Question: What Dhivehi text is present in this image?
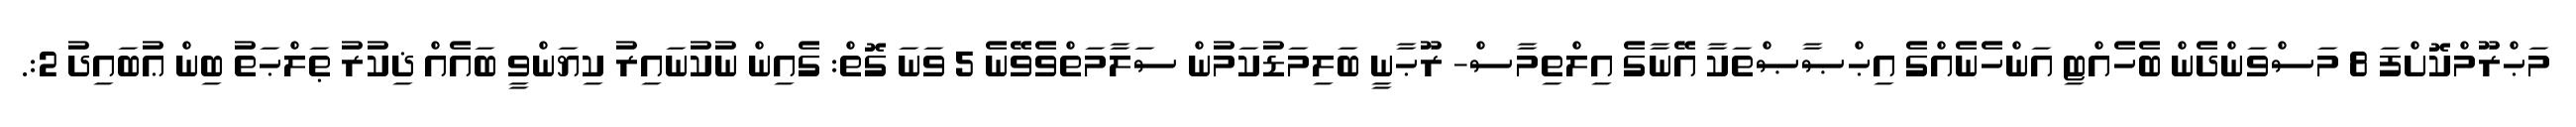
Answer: މަޙްރޫމްކޮށްފަ 8 މަސްވަންދެން ބެހެއްޓި އަންހެނެއްގެ އިޙްޞާޞްތަކާ އޭނާގެ އިލްތިމާސް- ރޫޙާނީ ބަލިމަޑުކަމުން ސަލާމަތްވެވޭނެ 5 ވަނަ ގޮތް: ގެއިން ނުކުނައިރު ކިޔަންވީ ބައެއް ޛިކުރު ޠަލްޙަތު ބިން ޢުބައިދު 2:.